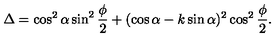
\Delta = \cos ^ { 2 } \alpha \sin ^ { 2 } \frac \phi 2 + ( \cos \alpha - k \sin \alpha ) ^ { 2 } \cos ^ { 2 } \frac \phi 2 .